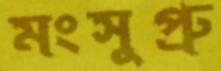
মংসুপ্রু